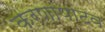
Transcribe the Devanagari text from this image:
करणापाटव